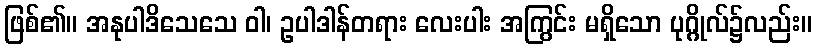
ဖြစ်၏။ အနုပါဒိသေသေ ဝါ၊ ဥပါဒါန်တရား လေးပါး အကြွင်း မရှိသော ပုဂ္ဂိုလ်၌လည်း။